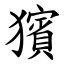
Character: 獱